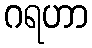
ဂရဟာ